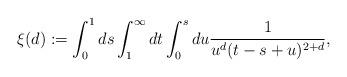
LaTeX: \begin{align*}\xi(d) := \int_0^1 ds \int_1^{\infty} dt \int_0^s du \frac{1}{u^d (t-s+u)^{2+d}},\end{align*}